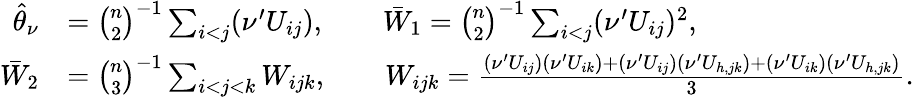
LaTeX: \begin{array}{rl}{\widehat{\theta}_{\nu}}&{=\binom{n}{2}^{-1}\sum_{i<j}(\nu^{\prime}U_{ij}),\qquad\bar{W}_{1}=\binom{n}{2}^{-1}\sum_{i<j}(\nu^{\prime}U_{ij})^{2},}\\ {\bar{W}_{2}}&{=\binom{n}{3}^{-1}\sum_{i<j<k}W_{ijk},\qquad W_{ijk}=\frac{(\nu^{\prime}U_{ij})(\nu^{\prime}U_{ik})+(\nu^{\prime}U_{ij})(\nu^{\prime}U_{h,jk})+(\nu^{\prime}U_{ik})(\nu^{\prime}U_{h,jk})}{3}.}\end{array}